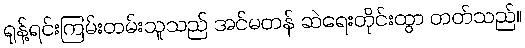
ရုန့်ရင်းကြမ်းတမ်းသူသည် အင်မတန် ဆဲရေးတိုင်းထွာ တတ်သည်။